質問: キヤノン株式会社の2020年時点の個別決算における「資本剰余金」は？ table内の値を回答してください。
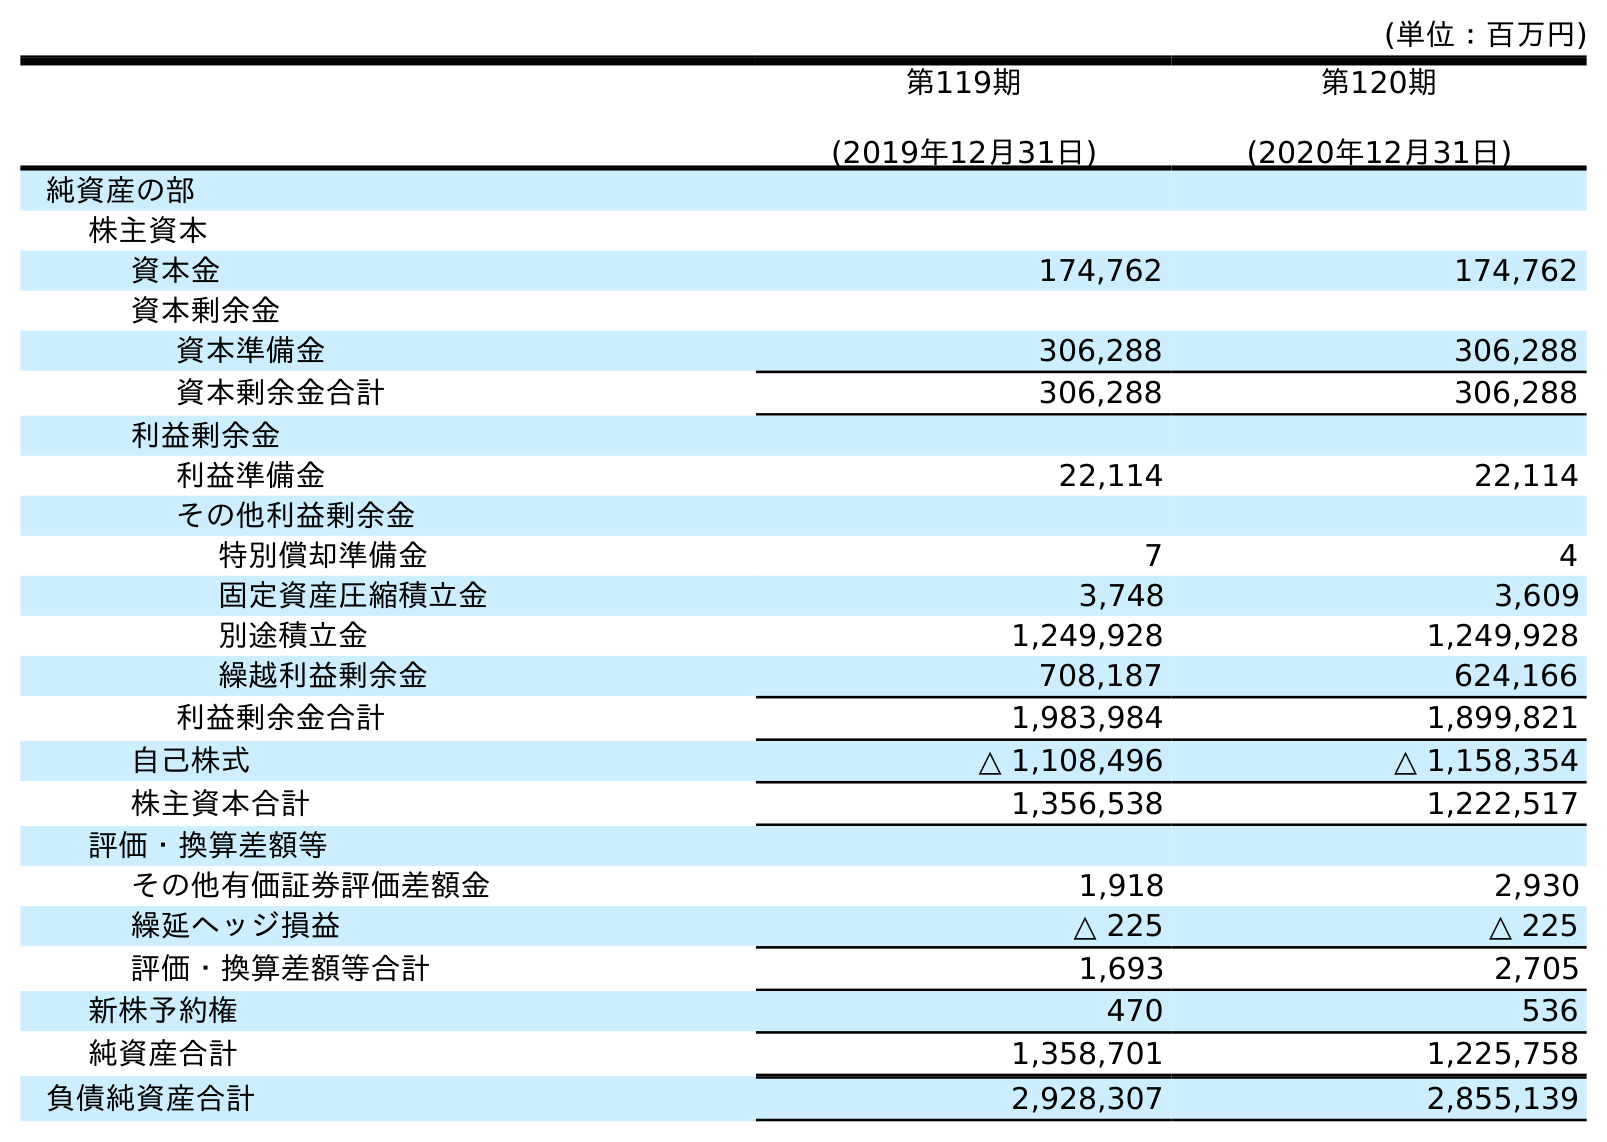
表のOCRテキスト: (単位：百万円) 第119期 (2019年12月31日) 第120期 (2020年12月31日) 純資産の部 株主資本 資本金 174,762 174,762 資本剰余金 資本準備金 306,288 306,288 資本剰余金合計 306,288 306,288 利益剰余金 利益準備金 22,114 22,114 その他利益剰余金 特別償却準備金 7 4 固定資産圧縮積立金 3,748 3,609 別途積立金 1,249,928 1,249,928 繰越利益剰余金 708,187 624,166 利益剰余金合計 1,983,984 1,899,821 自己株式 △ 1,108,496 △ 1,158,354 株主資本合計 1,356,538 1,222,517 評価・換算差額等 その他有価証券評価差額金 1,918 2,930 繰延ヘッジ損益 △ 225 △ 225 評価・換算差額等合計 1,693 2,705 新株予約権 470 536 純資産合計 1,358,701 1,225,758 負債純資産合計 2,928,307 2,855,139
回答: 306,288